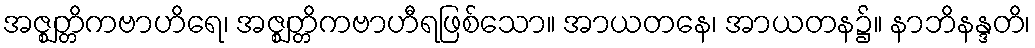
အဇ္ဈတ္တိကဗာဟိရေ၊ အဇ္ဈတ္တိကဗာဟီရဖြစ်သော။ အာယတနေ၊ အာယတန၌။ နာဘိနန္ဒတိ၊